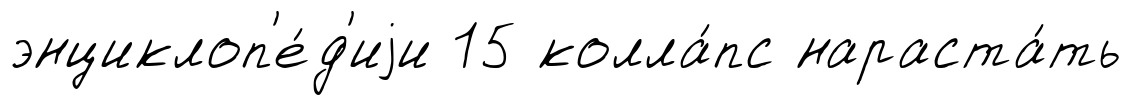
энциклоп'е́д'иjи 15 колла́пс нараста́ть